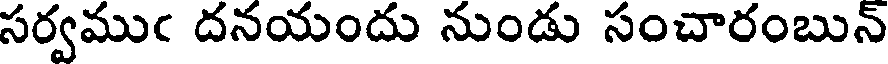
సర్వముఁ దనయందు నుండు సంచారంబున్